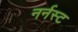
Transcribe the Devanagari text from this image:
नर्नस्ट